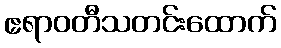
ဧရာဝတီသတင်းထောက်